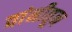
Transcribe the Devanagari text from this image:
वांनीतून